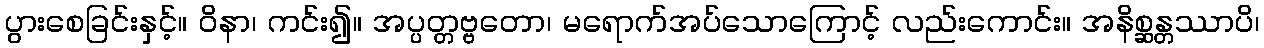
ပွားစေခြင်းနှင့်။ ဝိနာ၊ ကင်း၍။ အပ္ပတ္တဗ္ဗတော၊ မရောက်အပ်သောကြောင့် လည်းကောင်း။ အနိစ္ဆန္တဿာပိ၊